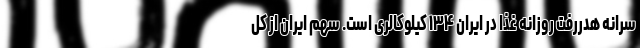
سرانه هدررفت روزانه غذا در ایران ۱۳۴ کیلوکالری است. سهم ایران از کل